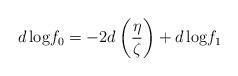
LaTeX: \begin{align*}d\,{\rm log}f_{0}=-2d \left(\frac{\eta}{\zeta}\right) +d\,{\rm log} f_{1}\end{align*}